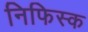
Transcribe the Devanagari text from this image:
निफिस्क